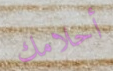
أحلامك